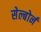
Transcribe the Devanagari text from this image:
सेल्बोर्न